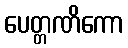
ပေတ္တဏိကော